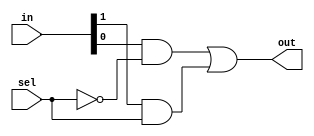
module mux2to1(out, in, sel);

    input [1:0]in;
    input sel;
    output out;

    wire t1, t2, t3;
    not G1 (t1, sel);
    and G2 (t2, in[0], t1);
    and G3 (t3, in[1], sel);
    or G4 (out, t2, t3);


endmodule